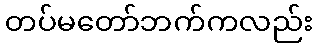
တပ်မတော်ဘက်ကလည်း